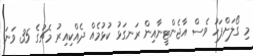
މި ގޯލަށްފަހު ވެސް އާޖެންޓީނާއިން ރަނގަޅު ކުޅުމެއް ދެއްކިއިރު މެޗުގެ 35 ވަނަ